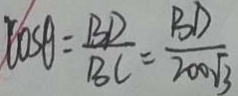
\cos \theta = \frac { B D } { B C } = \frac { B D } { 2 0 0 \sqrt { 3 } }